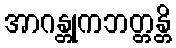
အာဂန္တုကဘတ္တန္တိ